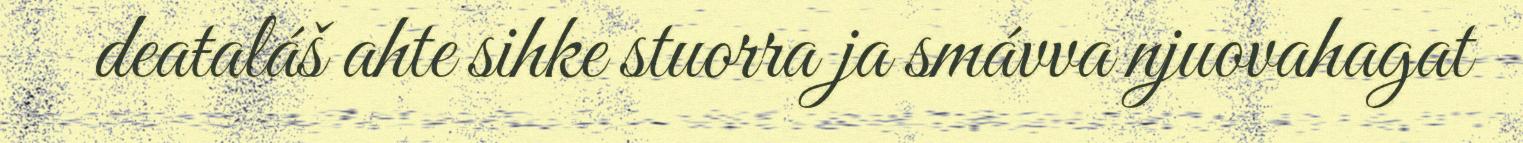
deaŧaláš ahte sihke stuorra ja smávva njuovahagat